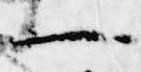
一